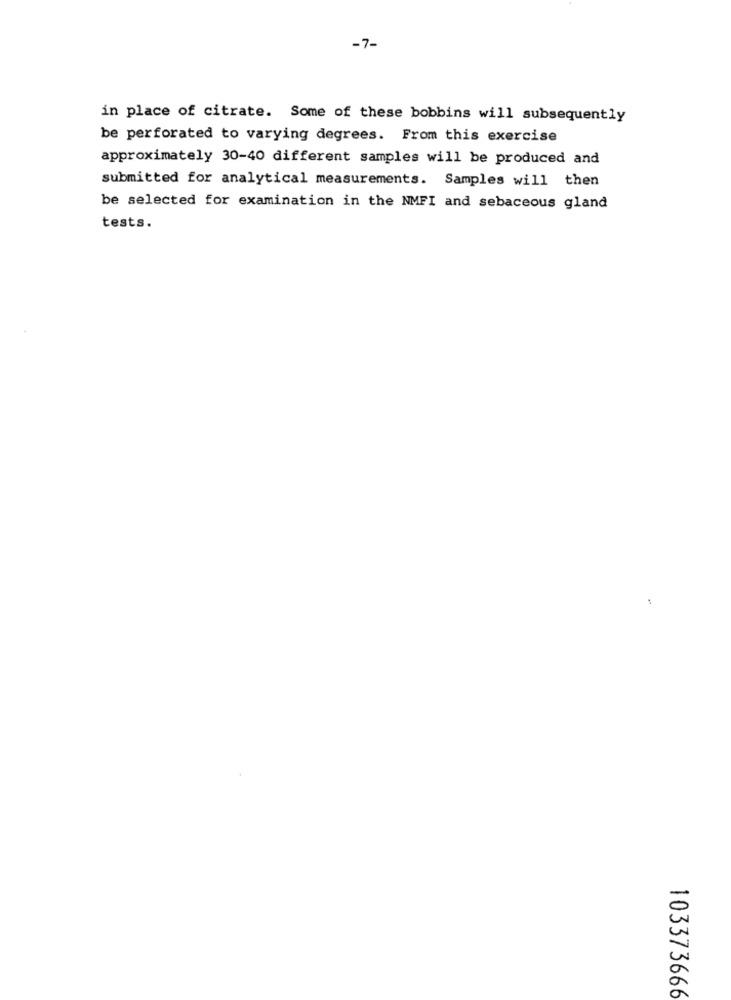
-7-
in place of citrate. Some of these bobbins will subsequently
be perforated to varying degrees. From this exercise
approximately 30-40 different samples will be produced and
submitted for analytical measurements. Samples will then
be selected for examination in the NMFI and sebaceous gland
tests.
103373666